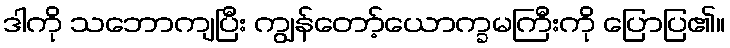
ဒါကို သဘောကျပြီး ကျွန်တော့်ယောက္ခမကြီးကို ပြောပြ၏။